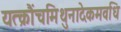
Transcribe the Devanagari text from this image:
यत्क्रौंचमिथुनादेकमवधि